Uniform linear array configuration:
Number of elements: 16
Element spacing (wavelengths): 0.25
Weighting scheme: uniform
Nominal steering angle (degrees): -45
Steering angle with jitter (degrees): -43.474
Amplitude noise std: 0.05
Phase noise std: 0.05

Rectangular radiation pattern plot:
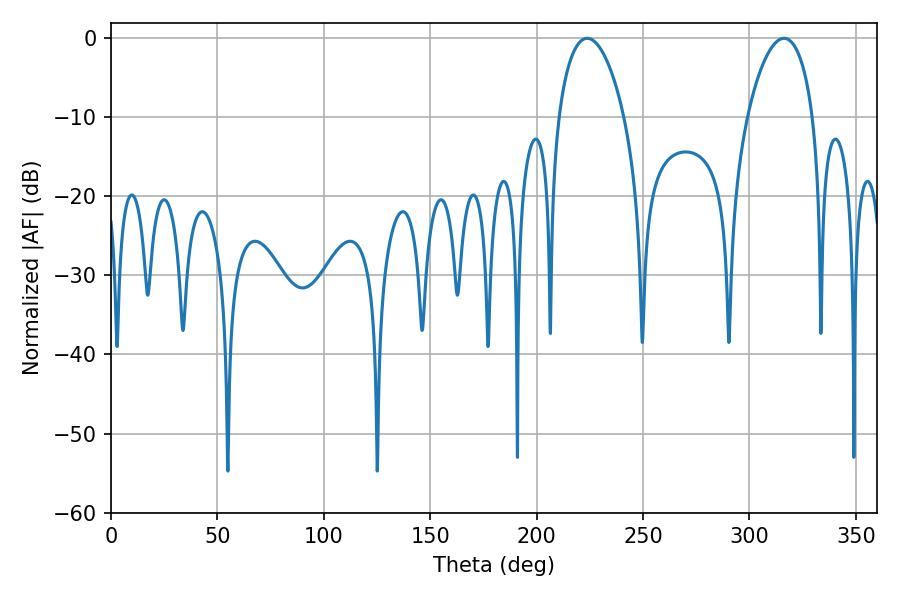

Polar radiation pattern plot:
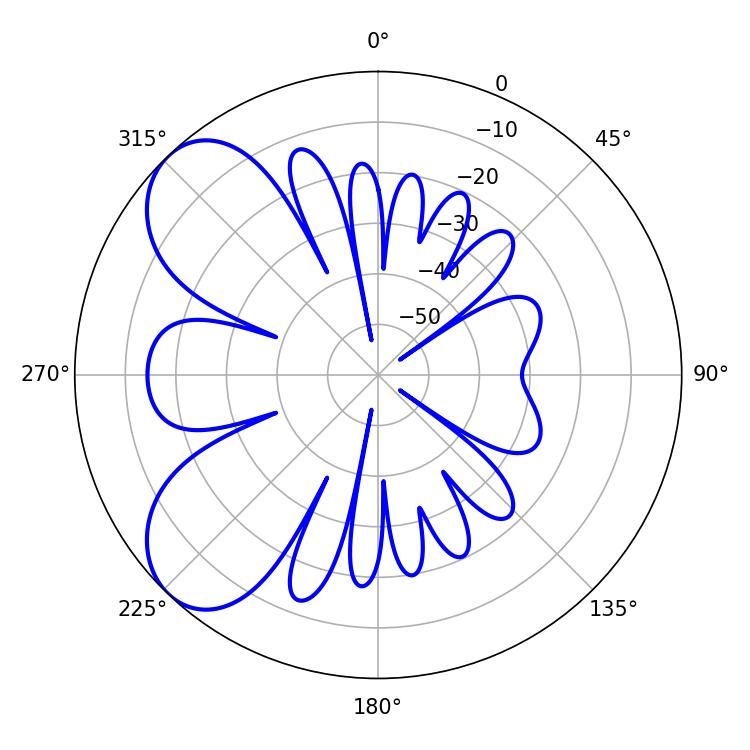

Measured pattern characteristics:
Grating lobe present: FALSE
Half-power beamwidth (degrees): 17.46
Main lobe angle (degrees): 223.74